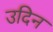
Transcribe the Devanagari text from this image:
उदिन